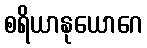
စရိယာနုယောဂေ